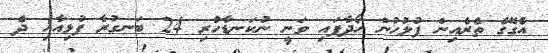
އެގޭގެ ތެރެއިން ފުލުހުން ހޯދާފައި ވަނީ ނުކަނޑާހުރި 24 ބަނގުރާ ފުޅިއާއި ދެ